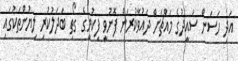
އަދި ހަސަން ސައީދުގެ މައްޗަށް ދައުވާކުރަން ފޮނުވީ ފިކުރީގެ ގޯތި ބަދަލުކުރި ލިޔުންތަކުގައި